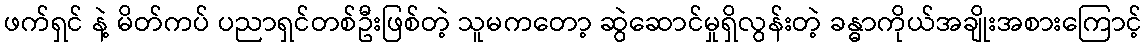
ဖက်ရှင် နဲ့ မိတ်ကပ် ပညာရှင်တစ်ဦးဖြစ်တဲ့ သူမကတော့ ဆွဲဆောင်မှုရှိလွန်းတဲ့ ခန္ဓာကိုယ်အချိုးအစားကြောင့်